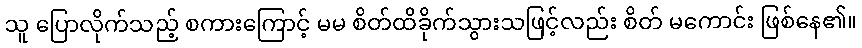
သူ ပြောလိုက်သည့် စကားကြောင့် မမ စိတ်ထိခိုက်သွားသဖြင့်လည်း စိတ် မကောင်း ဖြစ်နေ၏။